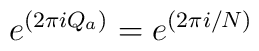
e^{(2\pi iQ_a)}=e^{(2\pi i/N)}